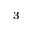
^ 3